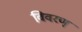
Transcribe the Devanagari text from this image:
विवरण्